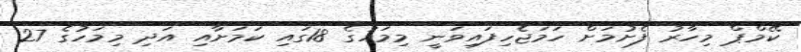
ކޭމްޕް މިހާރު ފެށުމަށް ހަމަޖެހިފައިވަނީ މިމަހުގެ 18ގައި ކަމަށާއި އަދި މިމަހުގެ 27